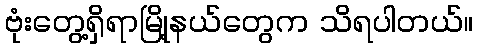
ဗုံးတွေ့ရှိရာမြို့နယ်တွေက သိရပါတယ်။